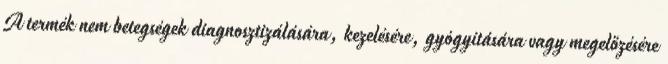
A termék nem betegségek diagnosztizálására, kezelésére, gyógyítására vagy megelőzésére